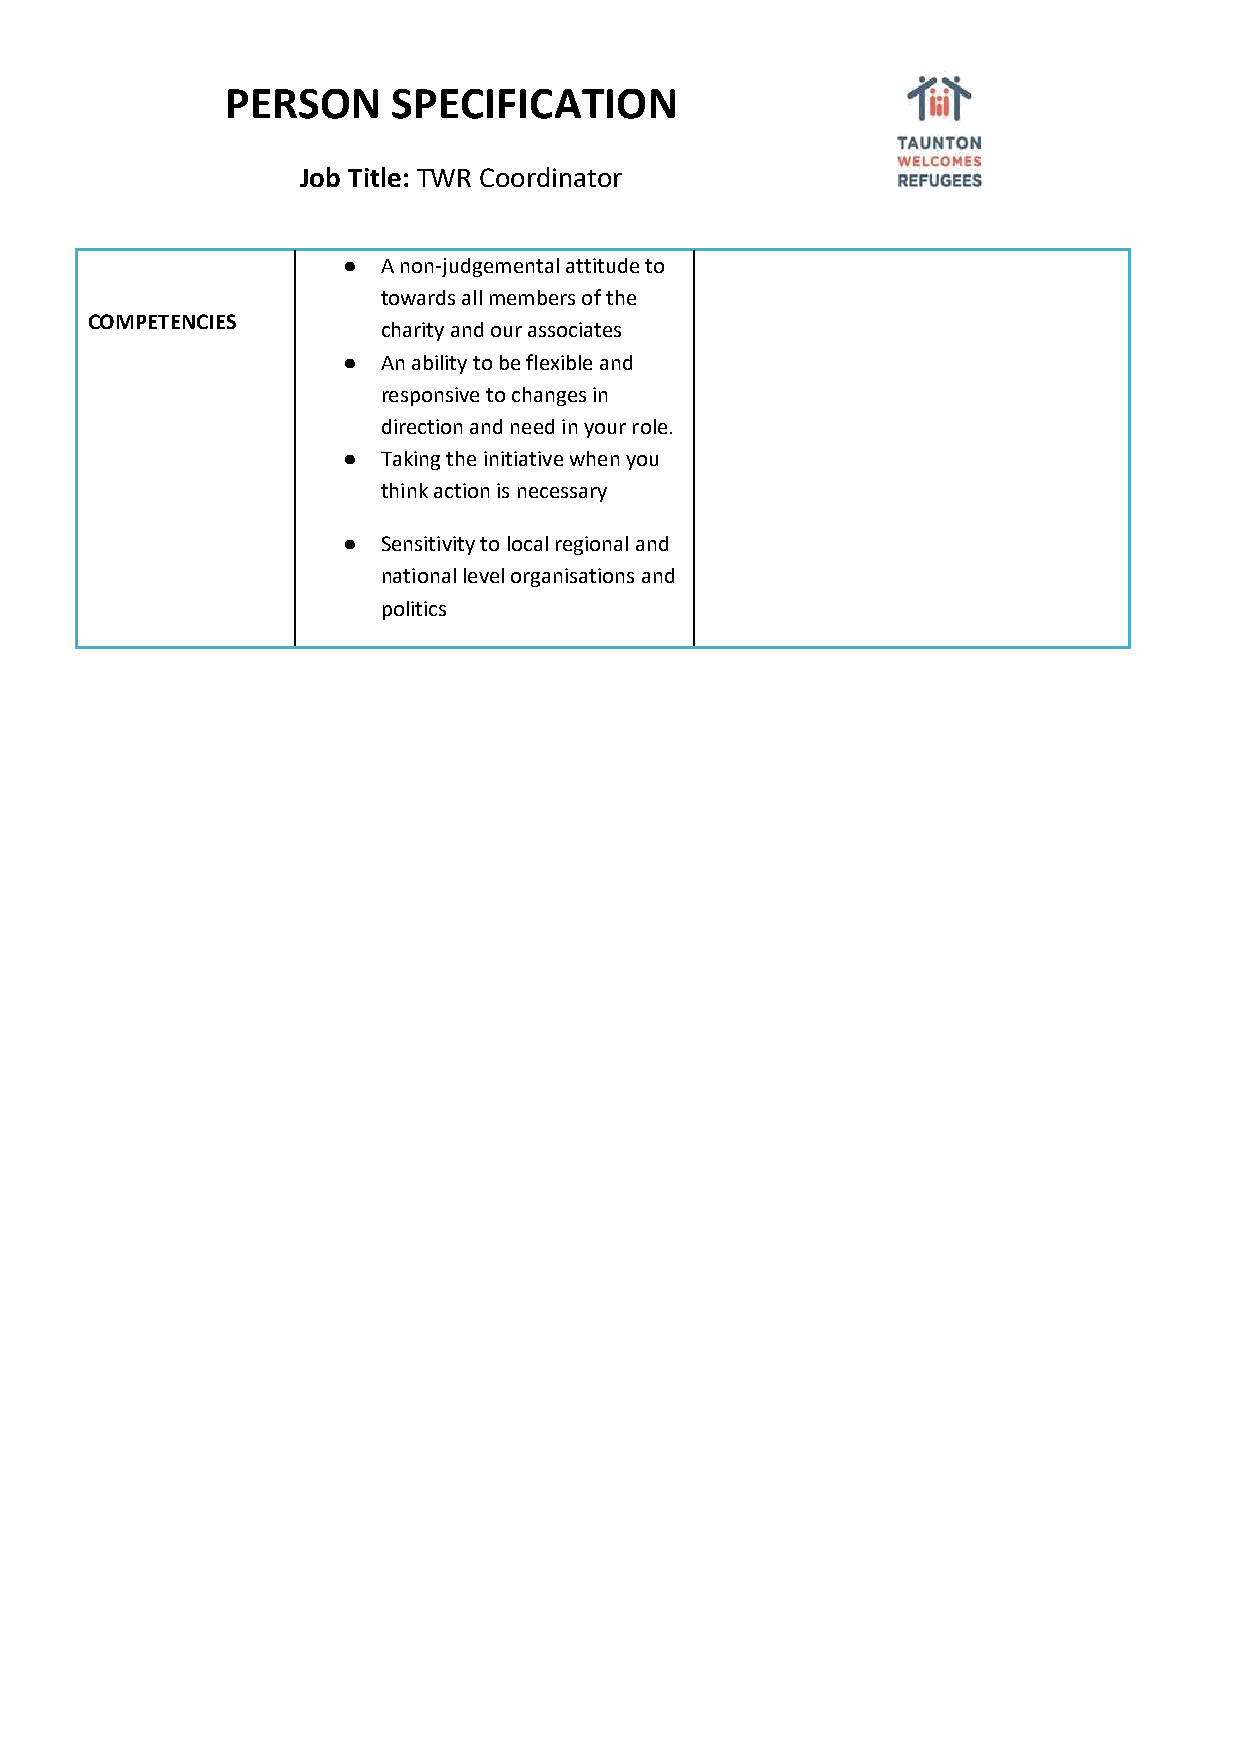
PERSON     SPECIFICATION
 Job Title: TWR Coordinator
 ● A non-judgemental attitude to
 towards all members of the
 COMPETENCIES
 charity and our associates
 ● An ability to be flexible and
 responsive to changes in
 direction and need in your role.
 ● Taking the initiative when you
 think action is necessary
 ● Sensitivity to local regional and
 national level organisations and
 politics